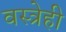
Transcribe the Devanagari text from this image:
वस्त्रेही